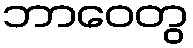
ဘာဝေတွ